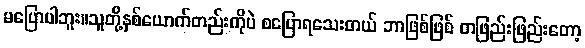
မပြောပါဘူး။သူတို့နှစ်ယောက်တည်းကိုပဲ စပြောရသေးတယ် ဘာဖြစ်ဖြစ် တဖြည်းဖြည်းတော့